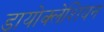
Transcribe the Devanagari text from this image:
डायोक्लेशियन